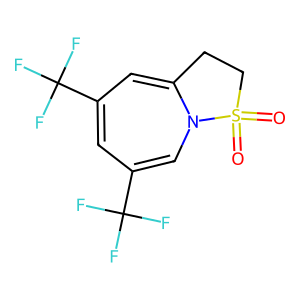
SMILES: O=S1(=O)CCC2=CC(C(F)(F)F)=CC(C(F)(F)F)=CN21
Inhibits HIV replication: No